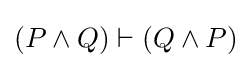
(P\land Q)\vdash (Q\land P)